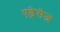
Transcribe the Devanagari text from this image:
एड्रेसेज